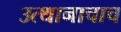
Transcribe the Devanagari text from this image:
उत्थानाचाच